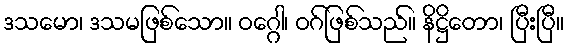
ဒသမော၊ ဒသမဖြစ်သော။ ဝဂ္ဂေါ၊ ဝဂ်ဖြစ်သည်။ နိဋ္ဌိတော၊ ပြီးပြီ။